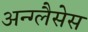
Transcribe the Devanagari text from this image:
अन्ग्लैसेस